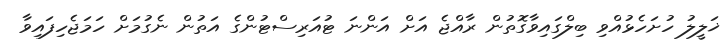
ޚަލީލު ހުށަހެޅުއްވި ބިލްގައިވާގޮތުން ރާއްޖެ އަށް އަންނަ ޓުއަރިސްޓުންގެ އަތުން ނެގުމަށް ހަމަޖެހިފައިވާ